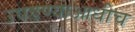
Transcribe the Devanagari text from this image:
उघडण्याआधीच